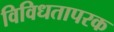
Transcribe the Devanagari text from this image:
विविधतापरक